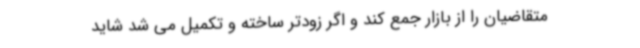
متقاضیان را از بازار جمع کند و اگر زودتر ساخته و تکمیل می شد شاید